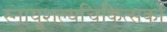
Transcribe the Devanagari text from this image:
स्नायुशल्यचिकित्सकों